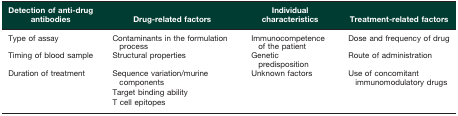
<table><thead><tr><td><b>Detection of anti-drug antibodies</b></td><td><b>Drug-related factors</b></td><td><b>Individual characteristics</b></td><td><b>Treatment-related factors</b></td></tr></thead><tbody><tr><td>Type of assay</td><td>Contaminants in the formulation process</td><td>Immunocompetence of the patient</td><td>Dose and frequency of drug</td></tr><tr><td>Timing of blood sample</td><td>Structural properties</td><td>Genetic predisposition</td><td>Route of administration</td></tr><tr><td>Duration of treatment</td><td>Sequence variation/murine components</td><td>Unknown factors</td><td>Use of concomitant immunomodulatory drugs</td></tr><tr><td></td><td>Target binding ability</td><td></td><td></td></tr><tr><td></td><td>T cell epitopes</td><td></td><td></td></tr></tbody></table>